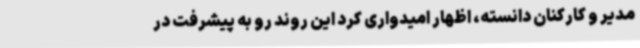
مدیر و کارکنان دانسته، اظهار امیدواری کرد این روند رو به پیشرفت در